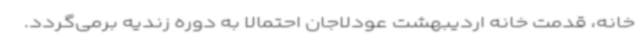
خانه، قدمت خانه اردیبهشت عودلاجان احتمالاً به دوره زندیه برمی‌گردد.